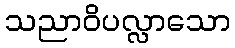
သညာဝိပလ္လာသော